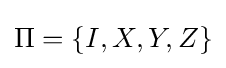
\Pi =\left\{I,X,Y,Z\right\}